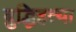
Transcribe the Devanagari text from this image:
बुद्धिहत्या